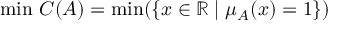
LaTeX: \operatorname* { m i n } \, C ( A ) = \operatorname* { m i n } ( \{ x \in \mathbb { R } \mid \mu _ { A } ( x ) = 1 \} )